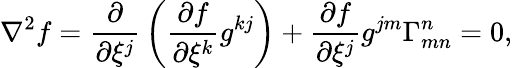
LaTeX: \nabla^{2}f={\frac{\partial}{\partial\xi^{j}}}\left({\frac{\partial f}{\partial\xi^{k}}}g^{kj}\right)+{\frac{\partial f}{\partial\xi^{j}}}g^{jm}\Gamma_{mn}^{n}=0,